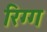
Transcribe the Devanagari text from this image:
रिग्ग